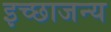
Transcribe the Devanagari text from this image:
इच्छाजन्य